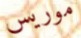
موريس